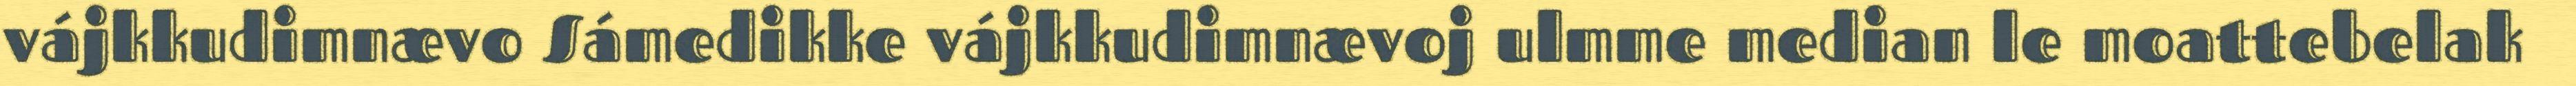
vájkkudimnævo Sámedikke vájkkudimnævoj ulmme median le moattebelak